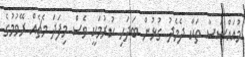
މުއައްސަސާ ތަކާ ދެމެދު ގުޅުން ބަދަހި ކުރުމަކީ ވެސް މިފަދަ މެޗެއް ރޭވުމުގެ